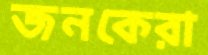
জনকেরা